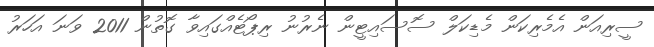
ސީރިއަން އެމެރިކަން މެޑިކަލް ސޮސައިޓީން ނެރުނު ރިޕޯޓެއްގައިވާ ގޮތުން 2011 ވަނަ އަހަރު